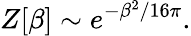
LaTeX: Z[\beta]\sim e^{-\beta^{2}/16\pi}.